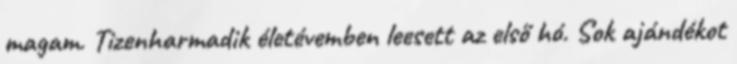
magam. Tizenharmadik életévemben leesett az első hó. Sok ajándékot